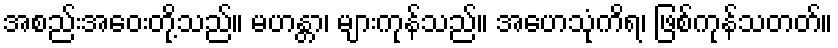
အစည်းအဝေးတို့သည်။ မဟန္တာ၊ များကုန်သည်။ အဟေသုံကိရ၊ ဖြစ်ကုန်သတတ်။